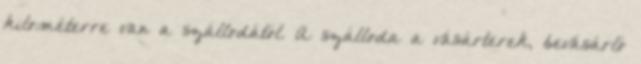
kilométerre van a szállodától. A szálloda a vásárterek, bevásárló